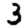
Digit: 3